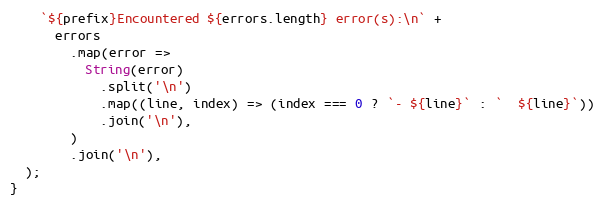
Language: JavaScript
    `${prefix}Encountered ${errors.length} error(s):\n` +
      errors
        .map(error =>
          String(error)
            .split('\n')
            .map((line, index) => (index === 0 ? `- ${line}` : `  ${line}`))
            .join('\n'),
        )
        .join('\n'),
  );
}